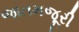
જાતમજૂરી